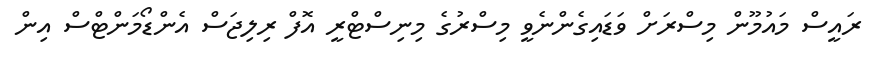
ރައީސް މައުމޫން މިސްރަށް ވަޑައިގެންނެވީ މިސްރުގެ މިނިސްޓްރީ އޮފް ރިލިޖަސް އެންޑޯމަންޓްސް އިން